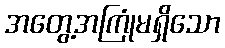
အတွေ့အကြုံမရှိသော